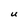
Character: U